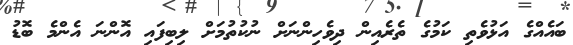
ބައެއްގެ އަޅުވެތި ކަމުގެ ތެރެއިން ދިވެހިންނަށް ނުކުތުމަށް ލިބިފައި އޮންނަ އެންމެ ބޮޑު